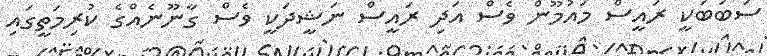
ސަބަބަކީ ރައީސް މައުމޫން ވެސް އަދި ރައީސް ނަޝީދަކީ ވެސް ގާނޫނެއްގެ ކުރިމަތީގައި